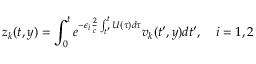
z _ { k } ( t , y ) = \int _ { 0 } ^ { t } e ^ { - \epsilon _ { i } \frac { 2 } { c } \int _ { t ^ { \prime } } ^ { t } U ( \tau ) d \tau } v _ { k } ( t ^ { \prime } , y ) d t ^ { \prime } , \quad i = 1 , 2